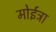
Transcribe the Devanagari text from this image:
मोईत्रा